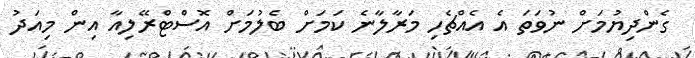
ގެންދިޔުމަށް ނުވަތަ އެ އެއްޗެހި މަރާލާނެ ކަމަށް ބެލުމަށް އޮސްޓްރޭލިއާ އިން މިއަދު